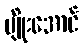
မျိုးအောင်